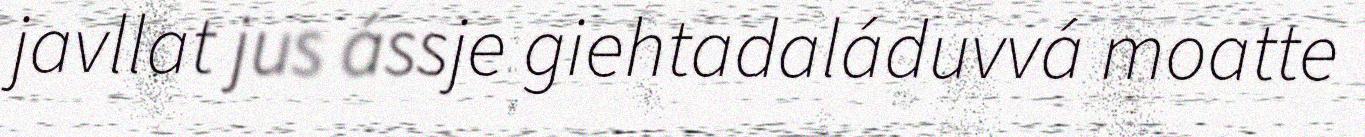
javllat jus ássje giehtadaláduvvá moatte